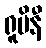
ရူပိနီ